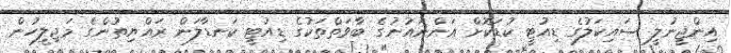
އިންޖީނުލީ ސައިކަލުގެ ޑިއުޓީ ކުޑަކޮށް އަންނައުނުގެ ބާވަތްތަކުގެ ޑިއުޓީ ކަނޑާލަން ރައްޔިިތުންގެ މަޖިލީހުން